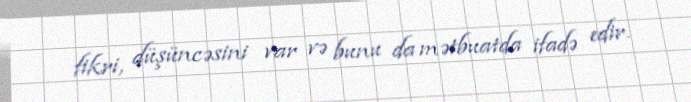
fikri, düşüncəsini var və bunu da mətbuatda ifadə edir.